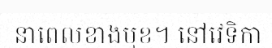
នាពេលខាងមុខ។ នៅវេទិកា